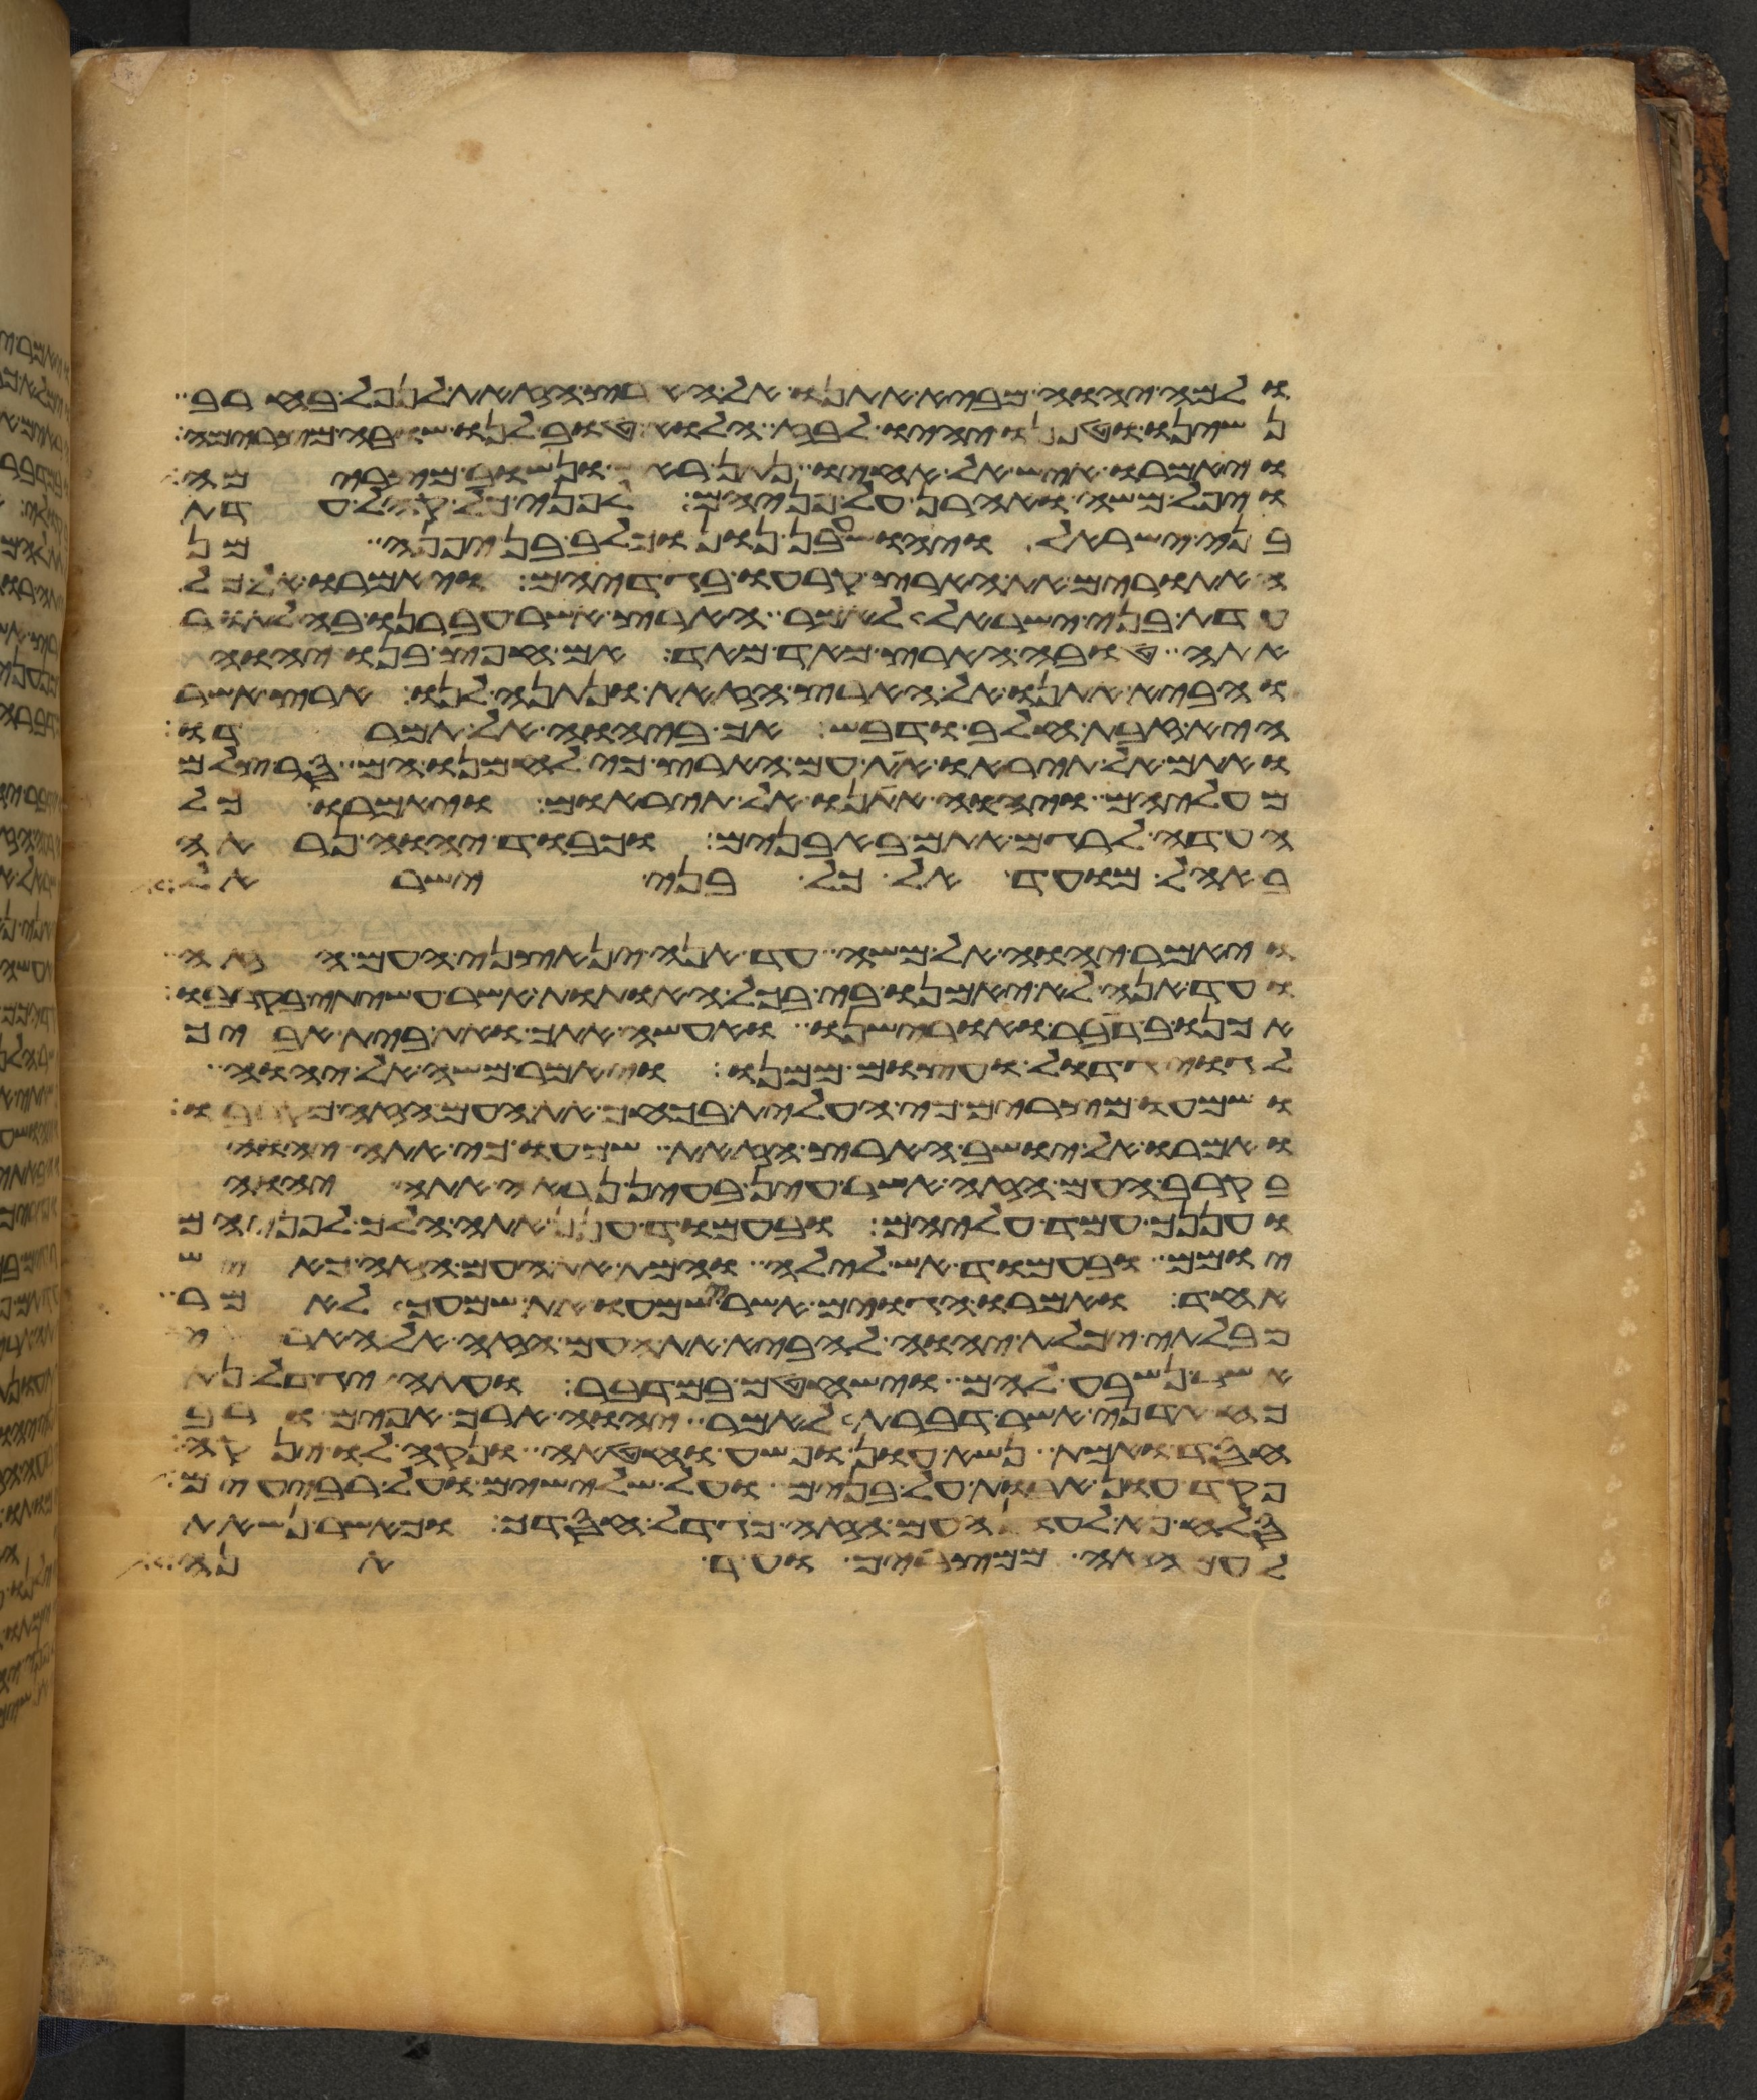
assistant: ולמה יהוה מביא אתנו אל הארץ הזאת לנפל בחרב
נשינו וטפנו יהיו לבוז הלוא טוב לנו שובה מצרימה
ויאמרו איש אל אחיו נתן ראש ונשוב מצרימה
ויפל משה ואהרן על פניהם לפני כל קהל עדת
בני ישראל ויהושע בן נון וכלב בן יפנה מן
האתורים את הארץ קרעו בגדיהם ויאמרו אל כל
עדת בני ישראל לאמר הארץ אשר עברנו בה לתור
אתה טובה הארץ מאד מאד אם חפץ בנו יהוה
והביא אתנו אל הארץ הזאת ונתנה לנו ארץ אשר
היא זבת חלב ודבש אך ביהוה אל תמרדו
ואתם אל תיראו את עם הארץ כי לחמנו הם סר צלם
מעליהם ויהוה אתנו אל תיראום ויאמרו כל
העדה לרגם אתם באבנים וכבוד יהוה נראה
באהל מועד אל כל בני ישראל
ויאמר יהוה אל משה עד אנה ינאצני העם הזה
ועד הנה לא יאמנו בי בכל האתות אשר עשיתי בקרבו
אכנו בדבר ואורישנו ואעשה אתך ואת בית אביך
לגוי גדול ועצום ממנו ויאמר משה אל יהוה
ושמעו מצרים כי העלית בכחך את העם הזה מקרבו
ואמרו אל יושב הארץ הזאת שמעו כי אתה יהוה
בקרב העם הזה אשר עין בעין נראה אתה יהוה
ועננך עמד עליהם ובעמוד ענן אתה הלך לפניהם
יומם ובעמוד אש לילה והמת את העם הזה כאיש
אחד ואמרו הגוים אשר שמעו את שמעך לאמר
מבלתי יכלת יהוה להביא את העם הזה אל הארץ
אשר נשבע להם וישחטם במדבר ועתה יגדל
כח אדני כאשר דברת לאמר יהוה ארך אפים ורב
חסד ואמת נשא עון ופשע וחטאה ונקה לו ינקה
פקד עון אבות על בנים על שלישים ועל רביעים
סלח נא לעון העם הזה כגדל חסדך וכאשר נשאת
לעם הזה ממצרים ועד הנה